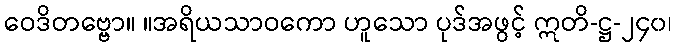
ဝေဒိတဗ္ဗော။ ။အရိယသာဝကော ဟူသော ပုဒ်အဖွင့် ဣတိ-ဋ္ဌ-၂၄၀၊